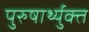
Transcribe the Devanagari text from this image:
पुरुषार्थ्युक्त